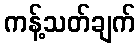
ကန့်သတ်ချက်